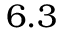
6 . 3